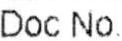
DOC NO.